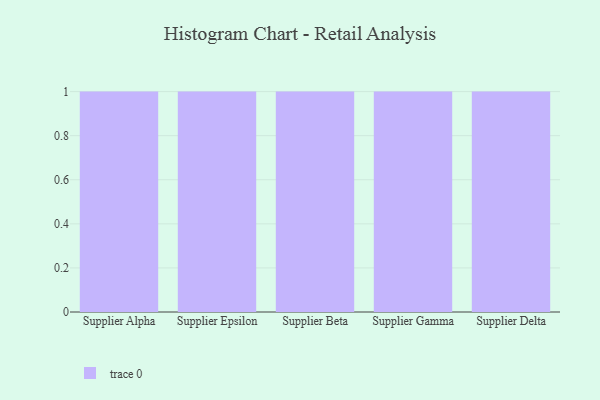
{"axis": {"x": "Supplier", "y": "Customer Acquisition Cost (USD)"}, "legend": [""], "data": [{"x": "Supplier Alpha", "y": 71, "type": ""}, {"x": "Supplier Epsilon", "y": 55, "type": ""}, {"x": "Supplier Beta", "y": 1, "type": ""}, {"x": "Supplier Gamma", "y": 29, "type": ""}, {"x": "Supplier Delta", "y": 59, "type": ""}]}